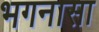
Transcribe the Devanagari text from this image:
भगनासा